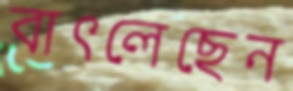
বাৎলেছেন